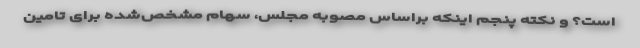
است؟ و نکته پنجم اینکه براساس مصوبه مجلس، سهام مشخص‌شده برای تامین